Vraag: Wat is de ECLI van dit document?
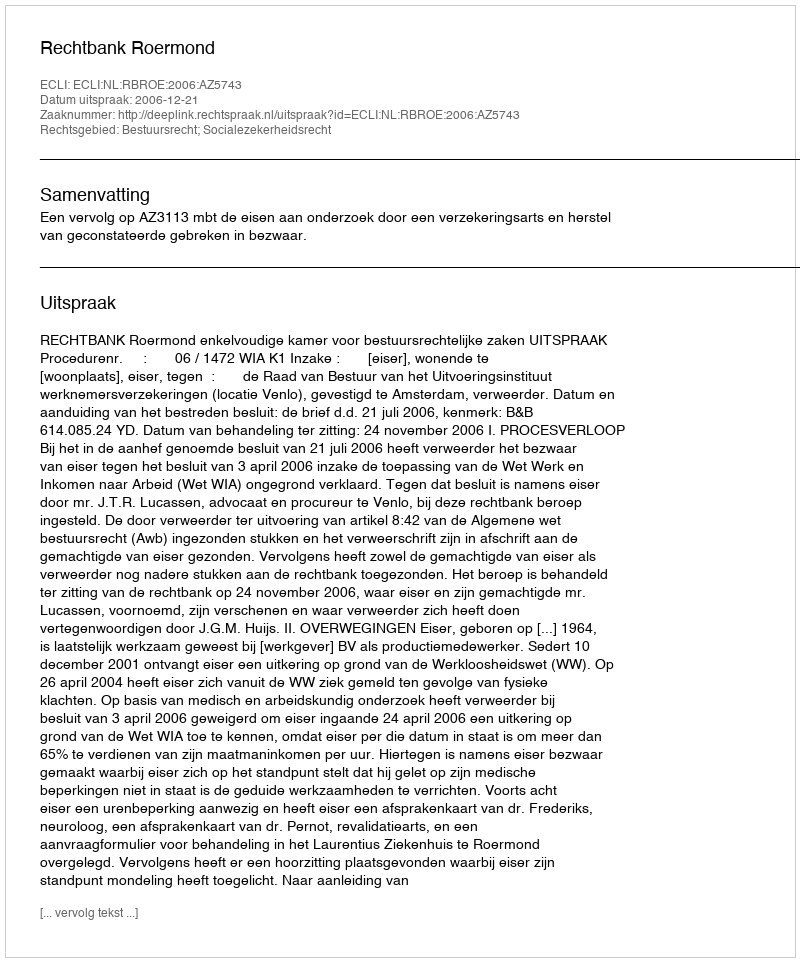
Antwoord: ECLI:NL:RBROE:2006:AZ5743